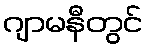
ဂျာမနီတွင်